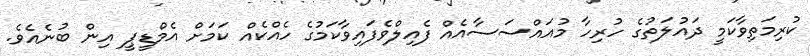
ކުރިމަތިވާކަމީ ދައުލަތުގެ ހުރިހާ މުއައްސަސާއެއް ފެއިލްވެފައިވާކަމުގެ ހެއްކެއް ކަމަށް އެމްޑީޕީ އިން ބުނެއެވެ.